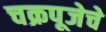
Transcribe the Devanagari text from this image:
चक्रपूजेचे